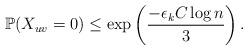
LaTeX: \begin{align*}\mathbb{P}(X_{uv} = 0) \leq \mathrm{exp}\left( \frac{ - \epsilon_k C\log n}{3}\right).\end{align*}